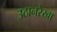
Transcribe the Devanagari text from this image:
उठानरेखा